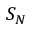
S _ { N }